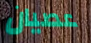
عصيان